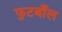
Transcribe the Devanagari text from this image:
फुटबाँल